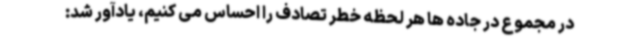
در مجموع در جاده ها هر لحظه خطر تصادف را احساس می کنیم، یادآور شد: